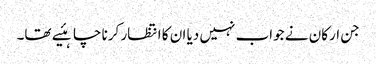
جن ارکان نے جواب نہیں دیا ان کا انتظار کرنا چاہئیے تھا۔